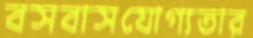
বসবাসযোগ্যতার